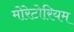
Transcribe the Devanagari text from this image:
मोरेटोरियम